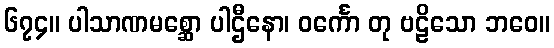
၆၇၄။ ပါသာဏမစ္ဆော ပါဌီနော၊ ဝင်္ကော တု ဗဠိသော ဘဝေ။